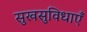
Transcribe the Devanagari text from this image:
सुखसुविधाएँ